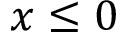
x \leq 0